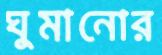
ঘুমানোর